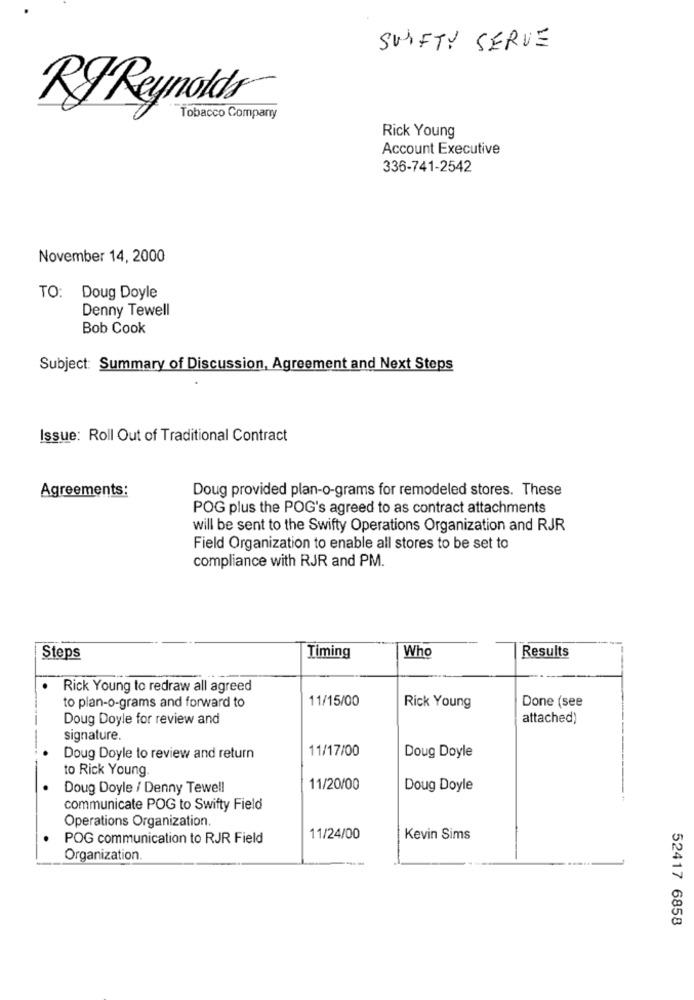
SWIFTY SERVE
RYReynolds
Tobacco Company
Rick Young
Account Executive
336-741-2542
November 14, 2000
TO: Doug Doyle
Denny Tewell
Bob Cook
Subject: Summary of Discussion, Agreement and Next Steps
Issue: Roll Out of Traditional Contract
Agreements:
Doug provided plan-o-grams for remodeled stores. These
POG plus the POG's agreed to as contract attachments
will be sent to the Swifty Operations Organization and RJR
Field Organization to enable all stores to be set to
compliance with RJR and PM.
Results
Steps
Timing
Who
Rick Young to redraw all agreed
to plan-o-grams and forward to
11/15/00
Done (see
Rick Young
Doug Doyle for review and
attached)
signature.
11/17/00
Doug Doyle to review and return
Doug Doyle
to Rick Young.
Doug Doyle / Denny Tewell
11/20/00
Doug Doyle
communicate POG to Swifty Field
Operations Organization.
POG communication to RJR Field
11/24/00
Kevin Sims
Organization.
52417 6858